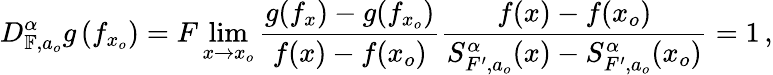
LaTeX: D_{\mathbb{F},a_{o}}^{\alpha}g\left(f_{x_{o}}\right)=F\operatorname*{lim}_{x\rightarrow x_{o}}\frac{g(f_{x})-g(f_{x_{o}})}{f(x)-f(x_{o})}\frac{f(x)-f(x_{o})}{S_{F^{\prime},a_{o}}^{\alpha}(x)-S_{F^{\prime},a_{o}}^{\alpha}(x_{o})}=1\, ,